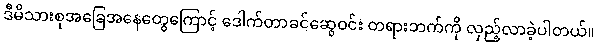
ဒီမိသားစုအခြေအနေတွေကြောင့် ဒေါက်တာခင်ဆွေဝင်း တရားဘက်ကို လှည့်လာခဲ့ပါတယ်။